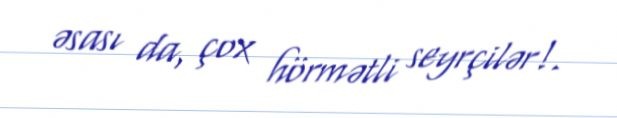
əsası da, çox hörmətli seyrçilər!.